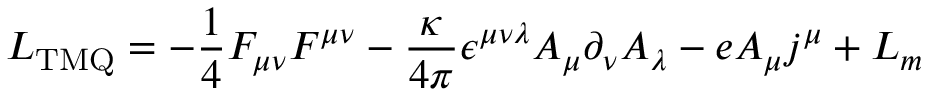
{ \cal L } _ { \mathrm { T M Q } } = - \frac { 1 } { 4 } F _ { \mu \nu } F ^ { \mu \nu } - \frac { \kappa } { 4 \pi } \epsilon ^ { \mu \nu \lambda } A _ { \mu } \partial _ { \nu } A _ { \lambda } - e A _ { \mu } j ^ { \mu } + { \cal L } _ { m }